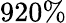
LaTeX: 920\%